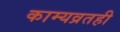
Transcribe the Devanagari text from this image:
काम्यव्रतही